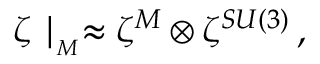
\zeta \mid _ { _ M } \approx \zeta ^ { M } \otimes \zeta ^ { S U ( 3 ) } \, ,